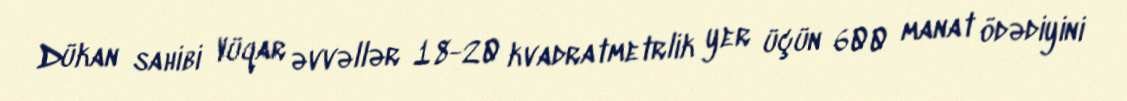
Dükan sahibi Vüqar əvvəllər 18-20 kvadratmetrlik yer üçün 600 manat ödədiyini